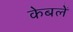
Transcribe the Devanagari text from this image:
केबलें